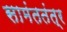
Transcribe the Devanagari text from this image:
सामंततंत्र